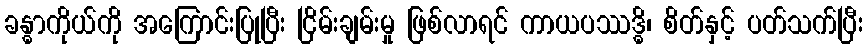
ခန္ဓာကိုယ်ကို အကြောင်းပြုပြီး ငြိမ်းချမ်းမှု ဖြစ်လာရင် ကာယပဿဒ္ဓိ၊ စိတ်နှင့် ပတ်သက်ပြီး